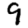
Digit: 9